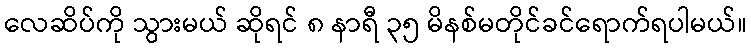
လေဆိပ်ကို သွားမယ် ဆိုရင် ၈ နာရီ ၃၅ မိနစ်မတိုင်ခင်ရောက်ရပါမယ်။